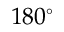
1 8 0 ^ { \circ }